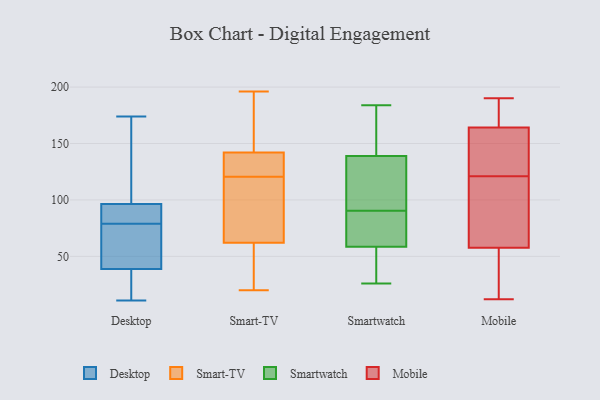
{"axis": {"x": "Gross Profit (USD K)", "y": "Value"}, "legend": ["Desktop", "Mobile", "Smart-TV", "Smartwatch"], "data": [{"x": "", "y": 174, "type": "Desktop"}, {"x": "", "y": 92, "type": "Desktop"}, {"x": "", "y": 79, "type": "Desktop"}, {"x": "", "y": 25, "type": "Desktop"}, {"x": "", "y": 78, "type": "Desktop"}, {"x": "", "y": 59, "type": "Desktop"}, {"x": "", "y": 83, "type": "Desktop"}, {"x": "", "y": 32, "type": "Desktop"}, {"x": "", "y": 98, "type": "Desktop"}, {"x": "", "y": 60, "type": "Desktop"}, {"x": "", "y": 140, "type": "Desktop"}, {"x": "", "y": 31, "type": "Desktop"}, {"x": "", "y": 144, "type": "Desktop"}, {"x": "", "y": 11, "type": "Desktop"}, {"x": "", "y": 92, "type": "Desktop"}, {"x": "", "y": 196, "type": "Smart-TV"}, {"x": "", "y": 149, "type": "Smart-TV"}, {"x": "", "y": 20, "type": "Smart-TV"}, {"x": "", "y": 48, "type": "Smart-TV"}, {"x": "", "y": 64, "type": "Smart-TV"}, {"x": "", "y": 135, "type": "Smart-TV"}, {"x": "", "y": 130, "type": "Smart-TV"}, {"x": "", "y": 60, "type": "Smart-TV"}, {"x": "", "y": 75, "type": "Smart-TV"}, {"x": "", "y": 167, "type": "Smart-TV"}, {"x": "", "y": 119, "type": "Smart-TV"}, {"x": "", "y": 122, "type": "Smart-TV"}, {"x": "", "y": 81, "type": "Smartwatch"}, {"x": "", "y": 64, "type": "Smartwatch"}, {"x": "", "y": 85, "type": "Smartwatch"}, {"x": "", "y": 89, "type": "Smartwatch"}, {"x": "", "y": 124, "type": "Smartwatch"}, {"x": "", "y": 180, "type": "Smartwatch"}, {"x": "", "y": 53, "type": "Smartwatch"}, {"x": "", "y": 134, "type": "Smartwatch"}, {"x": "", "y": 29, "type": "Smartwatch"}, {"x": "", "y": 92, "type": "Smartwatch"}, {"x": "", "y": 184, "type": "Smartwatch"}, {"x": "", "y": 30, "type": "Smartwatch"}, {"x": "", "y": 152, "type": "Smartwatch"}, {"x": "", "y": 136, "type": "Smartwatch"}, {"x": "", "y": 142, "type": "Smartwatch"}, {"x": "", "y": 26, "type": "Smartwatch"}, {"x": "", "y": 165, "type": "Mobile"}, {"x": "", "y": 164, "type": "Mobile"}, {"x": "", "y": 180, "type": "Mobile"}, {"x": "", "y": 124, "type": "Mobile"}, {"x": "", "y": 82, "type": "Mobile"}, {"x": "", "y": 51, "type": "Mobile"}, {"x": "", "y": 139, "type": "Mobile"}, {"x": "", "y": 30, "type": "Mobile"}, {"x": "", "y": 39, "type": "Mobile"}, {"x": "", "y": 60, "type": "Mobile"}, {"x": "", "y": 79, "type": "Mobile"}, {"x": "", "y": 140, "type": "Mobile"}, {"x": "", "y": 121, "type": "Mobile"}, {"x": "", "y": 167, "type": "Mobile"}, {"x": "", "y": 106, "type": "Mobile"}, {"x": "", "y": 190, "type": "Mobile"}, {"x": "", "y": 12, "type": "Mobile"}]}